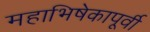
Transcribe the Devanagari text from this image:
महाभिषेकापूर्वी